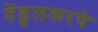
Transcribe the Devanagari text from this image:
तेंडुलकरचे